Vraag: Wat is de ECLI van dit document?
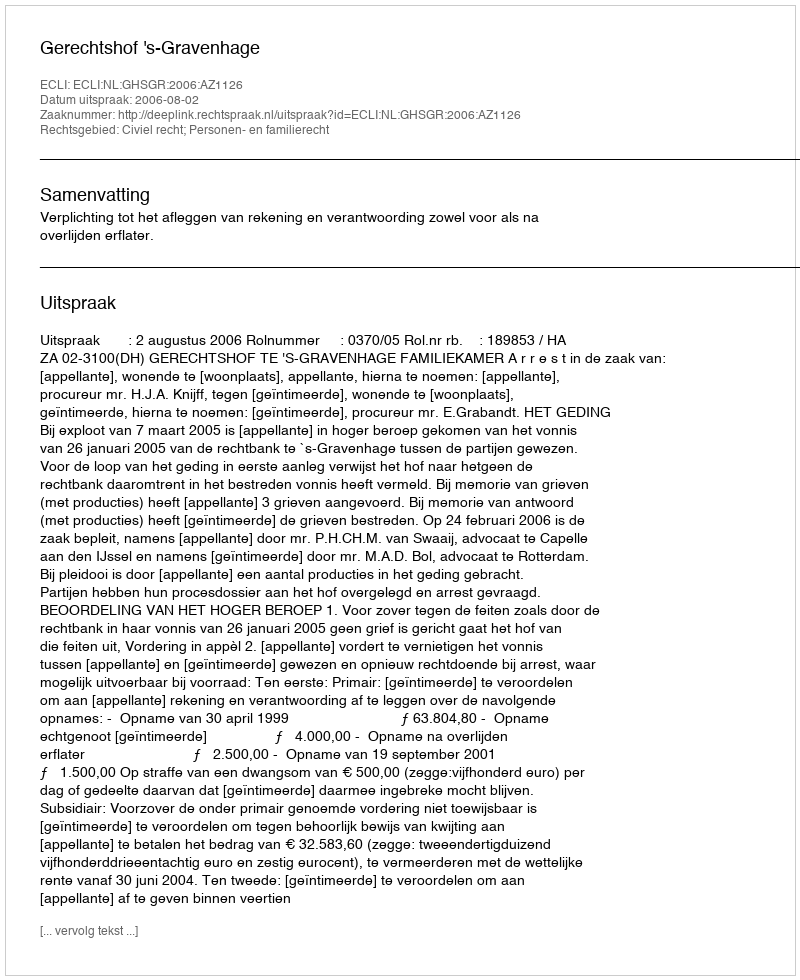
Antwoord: ECLI:NL:GHSGR:2006:AZ1126